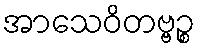
အာသေဝိတဗ္ဗဉ္စ